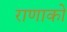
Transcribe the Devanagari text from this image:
राणाको